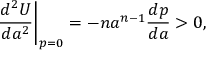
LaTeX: \biggl . \frac { d ^ { 2 } U } { d a ^ { 2 } } \biggr | _ { p = 0 } = - n a ^ { n - 1 } \frac { d p } { d a } > 0 ,